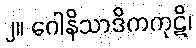
၂။ ဂေါနိသာဒိကကုဋိ၊